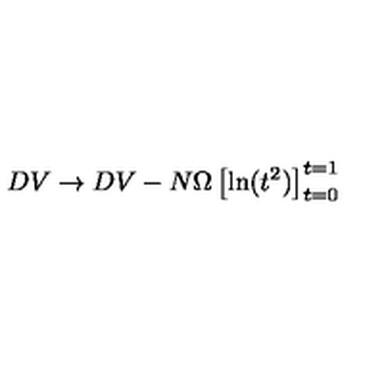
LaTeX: D V \rightarrow D V - N \Omega \left[ \mathrm { l n } ( t ^ { 2 } ) \right] _ { t = 0 } ^ { t = 1 }